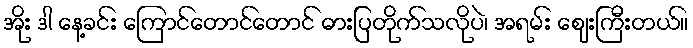
အိုး ဒါ နေ့ခင်း ကြောင်တောင်တောင် ဓားပြတိုက်သလိုပဲ၊ အရမ်း ဈေးကြီးတယ်။